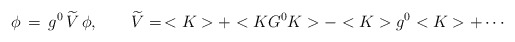
\begin{align*}\phi\,=\,g^0\,\widetilde V\,\phi,\qquad\widetilde V=\,<K>+<KG^0K>-<K>g^0<K>+\cdots\end{align*}